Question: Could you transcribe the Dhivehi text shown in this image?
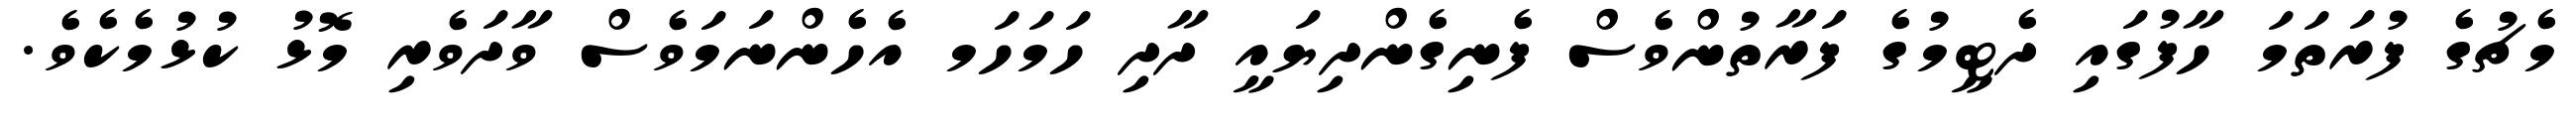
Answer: މެޗުގެ ފުރަތަމަ ހާފުގައި ދެޓީމުގެ ފަރާތުންވެސް ފެނިގެންދިޔައީ ދާދި ހަމަހަމ އެހެންނަމަވެސް ވާދަވެރި މޮޅު ކުޅުމެކެވެ.